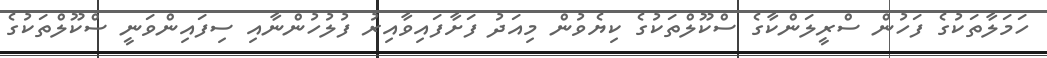
ހަމަލާތަކުގެ ފަހުން ސްރީލަންކާގެ ސްކޫލްތަކުގެ ކިޔެވުން މިއަދު ފަށާފައިވާއިރު ފުލުހުންނާއި ސިފައިންވަނީ ސްކޫލްތަކުގެ